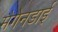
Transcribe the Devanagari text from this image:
मैगेनडाई